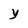
Character: Y